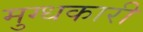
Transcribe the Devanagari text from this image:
मुग्धकारी